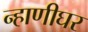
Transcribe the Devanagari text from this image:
न्हाणीघर